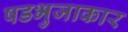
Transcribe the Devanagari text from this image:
षडभुजाकार